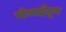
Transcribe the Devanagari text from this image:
चेन्नईतून